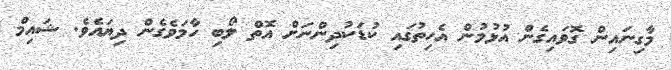
މާގިނައިން ގޮވައިގެން އުޅުމުން އެހިތުގައި ކުޑަކުދިންނަށް އޮތް ލޯބި ހާމަވެގެން ދިޔައެވެ. ޝައިމް